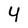
Character: 4